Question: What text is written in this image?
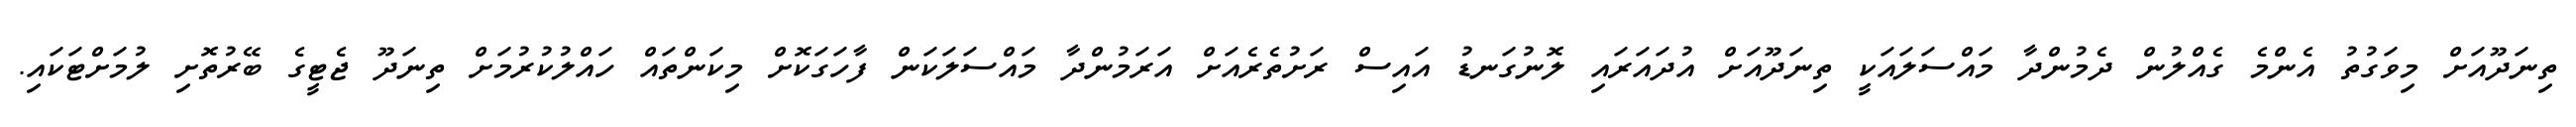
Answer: ތިނަދޫއަށް މިވަގުތު އެންމެ ގެއްލުން ދެމުންދާ މައްސަލައަކީ ތިނަދޫއަށް އުދައަރައި ލޮނުގަނޑު އައިސް ރަށުތެރެއަށް އަރަމުންދާ މައްސަލަކަން ފާހަގަކޮށް މިކަންތައް ހައްލުކުރުމަށް ތިނަދޫ ޖެޓީގެ ބޭރުތޮށި ލުމަށްޓަކައި.